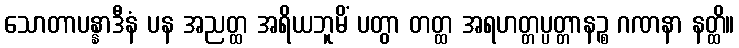
သောတာပန္နာဒီနံ ပန အညတ္ထ အရိယဘူမိံ ပတွာ တတ္ထ အရဟတ္တပ္ပတ္တာနဉ္စ ဂဏနာ နတ္ထိ။